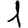
Digit: 1